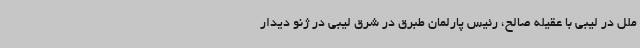
ملل در لیبی با عقیله صالح، رئیس پارلمان طبرق در شرق لیبی در ژنو دیدار